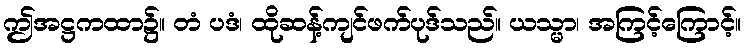
ဤအဋ္ဌကထာ၌။ တံ ပဒံ၊ ထိုဆန့်ကျင်ဖက်ပုဒ်သည်။ ယသ္မာ၊ အကြင့်ကြောင့်။